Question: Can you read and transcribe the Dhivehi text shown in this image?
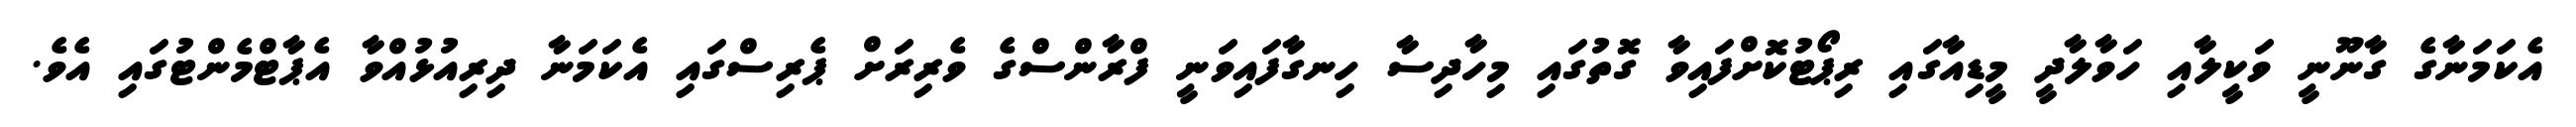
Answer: އެކަމަނާގެ ގާނޫނީ ވަކީލާއި ހަވާލާދީ މީޑިއާގައި ރިޕޯޓުކޮށްފައިވާ ގޮތުގައި މިހާދިސާ ހިނގާފައިވަނީ ފްރާންސްގެ ވެރިރަށް ޕެރިސްގައި އެކަމަނާ ދިރިއުޅުއްވާ އެޕާޓްމެންޓުގައި އެވެ.